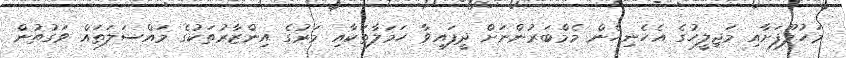
މަހުލޫފަށާއި މަޖިލީހުގެ އެހެނިހެން މެމްބަރުންނަށް ދީފައިވާ ހަމަލާތަކާއި މަރުގެ އިންޒާރުތަކުގެ މައްސަލަތައް ވަގުތުން